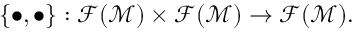
\{ \bullet , \bullet \} : \mathcal { F } ( \mathcal { M } ) \times \mathcal { F } ( \mathcal { M } ) \rightarrow \mathcal { F } ( \mathcal { M } ) .